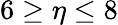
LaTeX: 6\geq\eta\leq 8